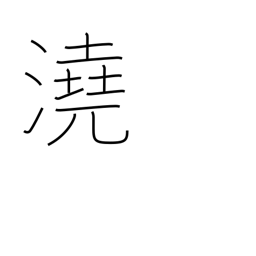
Meaning: shallow